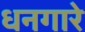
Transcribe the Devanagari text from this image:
धनगारे